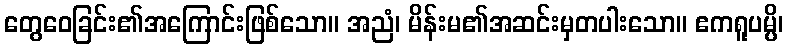
တွေဝေခြင်း၏အကြောင်းဖြစ်သော။ အညံ၊ မိန်းမ၏အဆင်းမှတပါးသော။ ဧကရူပမ္ပိ၊